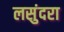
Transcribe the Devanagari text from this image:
लसुंदरा